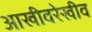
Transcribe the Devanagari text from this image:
आखीवरेखीव